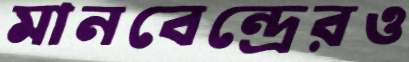
মানবেন্দ্রেরও